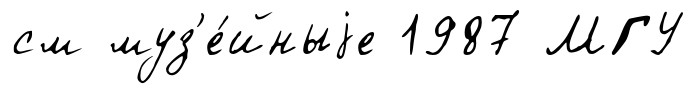
см муз'е́йныjе 1987 МГУ